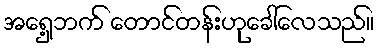
အရှေ့ဘက် တောင်တန်းဟုခေါ်လေသည်။